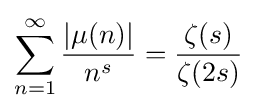
\sum _{n=1}^{\infty }{\frac {|\mu (n)|}{n^{s}}}={\frac {\zeta (s)}{\zeta (2s)}}